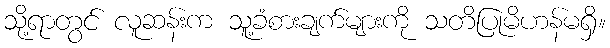
သို့ရာတွင် လူဆန်းက သူ့ခံစားချက်များကို သတိပြုမိဟန်မရှိ။